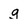
Character: g